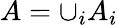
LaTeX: A=\cup_{i}A_{i}